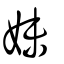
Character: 妹